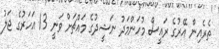
ތެރެއިން އޭރުގެ ރައީސް މުހަންމަދު ނަޝީދުގެ މައްޗަށް ވަނީ 13 އަހަރުގެ ޖަލު